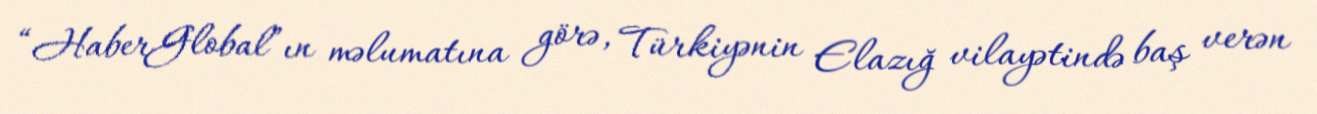
“HaberGlobal”ın məlumatına görə, Türkiyənin Elazığ vilayətində baş verən